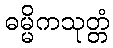
ဓမ္မိကသုတ္တံ